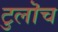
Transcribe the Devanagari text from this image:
टुलॊच